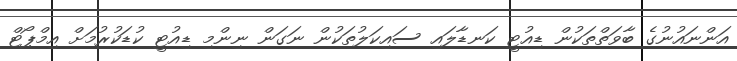
އަންނައުނުގެ ބާވަތްތަކުން ޑިއުޓީ ކަނޑާލައި ސައިކަލުތަކުން ނަގަން ނިންމި ޑިއުޓީ ކުޑަކުރުމަށް އިމްޕޯޓް